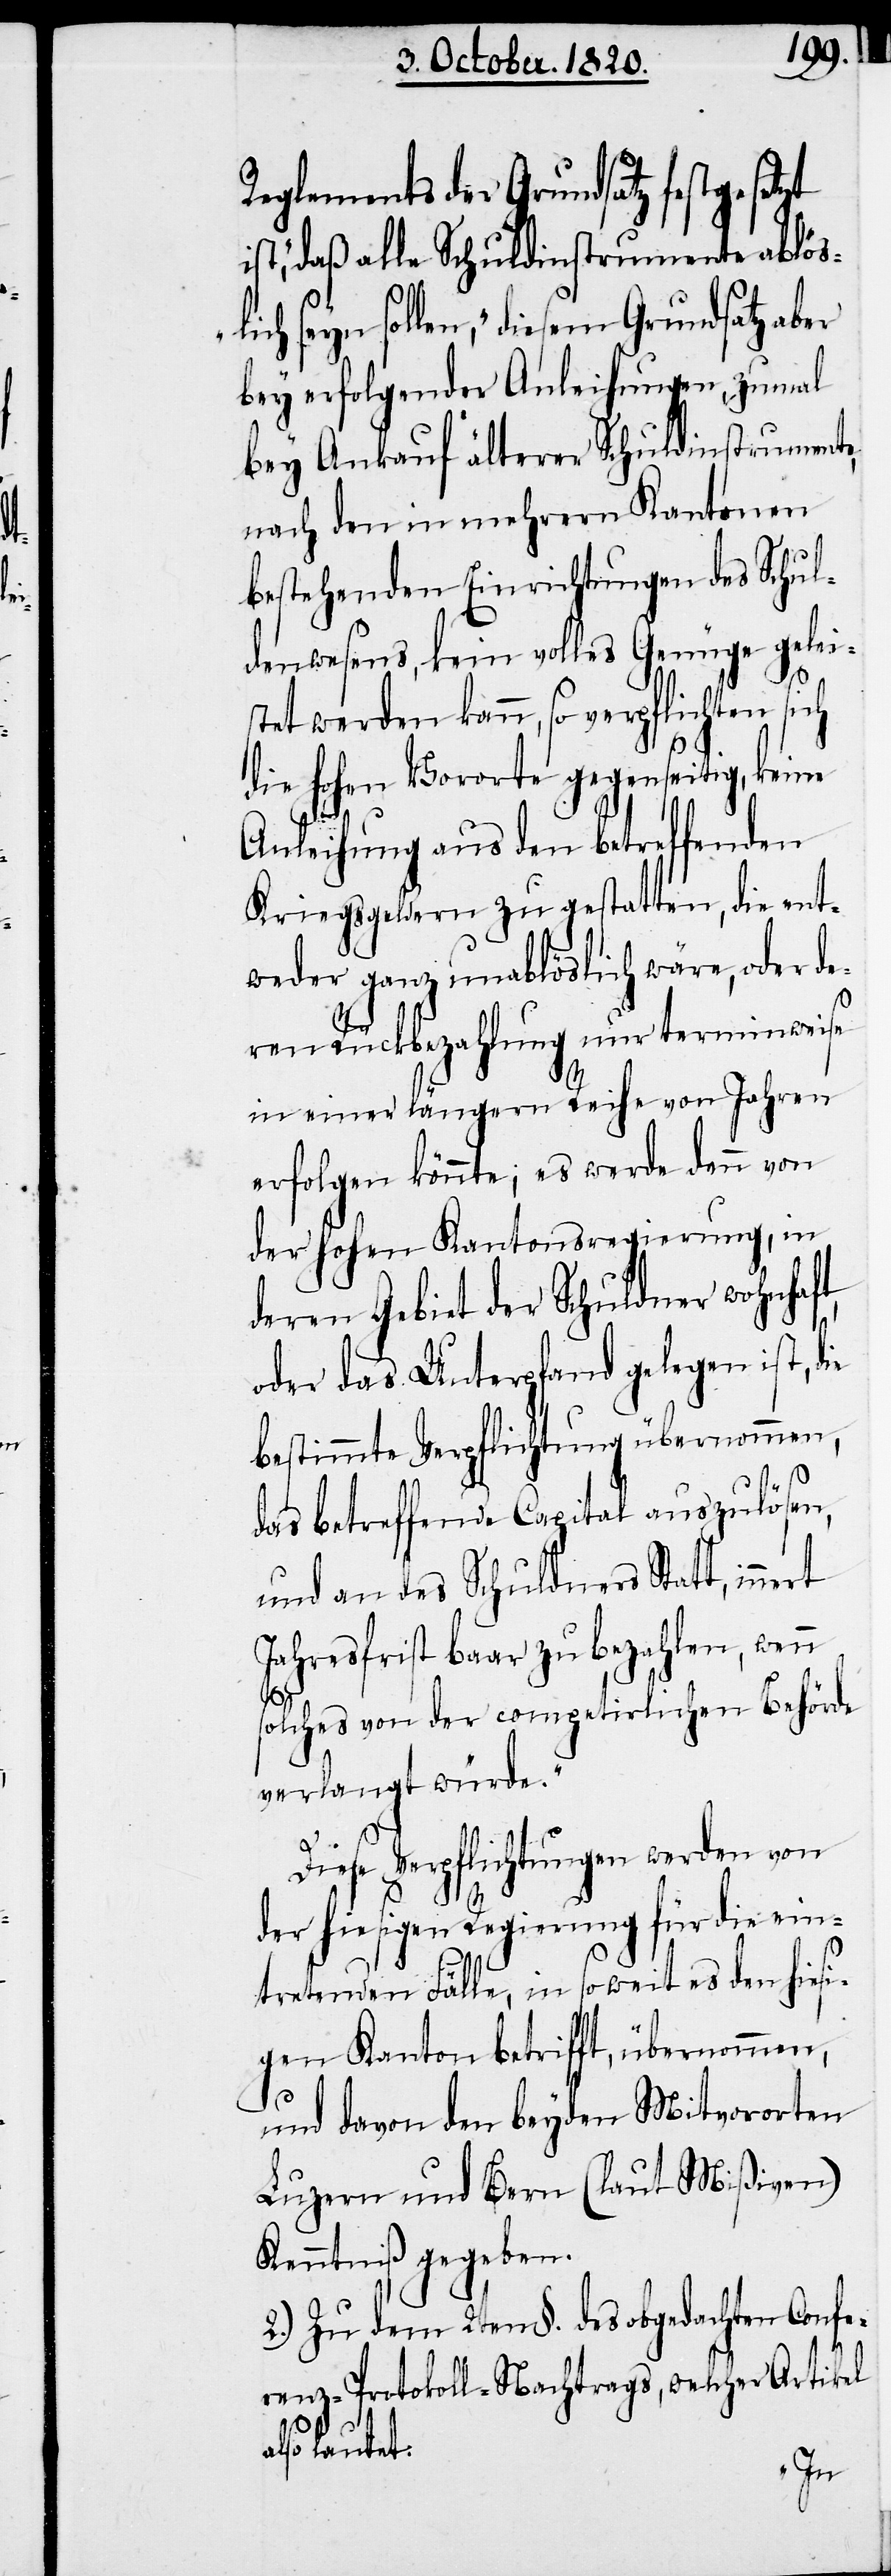
Reglements der Grundsatz festgeset¬
st“, daß alle Schuldinstrumente ablös¬
lich seyn sollen, „diesem Grundsatz aber
bey erfolgender Anleihungen zumal
bey Ankauf älterer Schuldinstrumente,
nach den in mehrern Kantonen
bestehenden Einrichtungen des Schul¬
denwesens, kein volles Genüge gelei¬
stet werden kann, so verpflichten sich
die hohen Vororte gegenseitig, keine
Anleihung aus den betreffenden
Kriegsgeldern zu gestatten, die ent¬
weder ganz unablöslich wäre, oder de¬
ren Rückbezahlung nur terminweise
in einer längern Reihe von Jahren
erfolgen könnte; es werden dann von
der hohen Kantonsregierung, in
deren Gebiet der Schuldner wohnhaft,
oder das Unterpfand gelegen ist, d¬
bestimmte Verpflichtung übernommen,
das betreffende Capital auszulösen,
und an des Schuldner Statt, inne¬
Jahresfrist baar zu bezahlen, wenn
solches von der competirlichen Behörde
verlangt würde.“
Diese Verpflichtungen werden von
rt
der hiesigen Regierung für die ein¬
tretenden Fälle, in soweit es den hiesi¬
gen Kanton betrifft, übernommen,
und davon den beyden Mitvororten
Luzern und Bern (laut Mißiven)
Kenntniß gegeben.
2.) Zu dem 2ten §. des obgedachten Confe¬
renz-Protokoll-Nachtrags, welcher Artikel
also lautet: